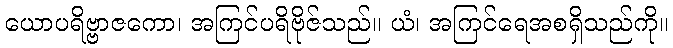
ယောပရိဗ္ဗာဇကော၊ အကြင်ပရိဗိုဇ်သည်။ ယံ၊ အကြင်ရေအစရှိသည်ကို။